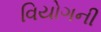
વિયોગની